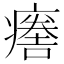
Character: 𤺦